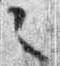
之